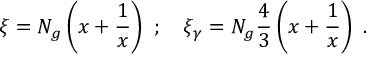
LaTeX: \xi = N _ { g } \left( x + \frac { 1 } { x } \right) ~ ; ~ ~ ~ \xi _ { \gamma } = N _ { g } \frac { 4 } { 3 } \left( x + \frac { 1 } { x } \right) ~ .